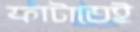
ফাটাতেই